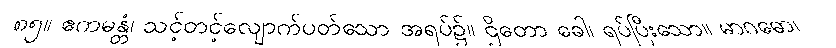
၈၅။ ဧကမန္တံ၊ သင့်တင့်လျောက်ပတ်သော အရပ်၌။ ဌိတော ခေါ၊ ရပ်ပြီးသော။ မာဂဓော၊